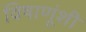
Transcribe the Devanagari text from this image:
विषाणूंशी